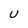
Character: U